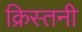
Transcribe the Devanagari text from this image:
क्रिस्तनी